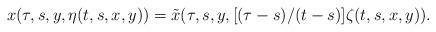
LaTeX: \begin{align*}x(\tau,s,y,\eta(t,s,x,y))=\tilde{x}(\tau,s,y,[(\tau-s)/(t-s)]\zeta(t,s,x,y)).\end{align*}